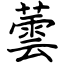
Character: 蕓